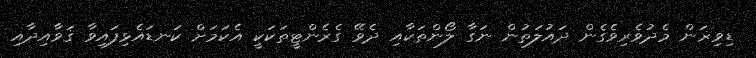
ޑިވިޜަން މެދުވެރިވެގެން ދައުލަތުން ނަގާ ލޯންތަކާއި ދެވޭ ގެރެންޓީތަކަކީ އެކަމަށް ކަނޑައެޅިފައިވާ ޤަވާއިދާއި